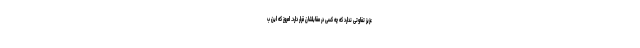
عزیز تفاوتی ندارد که چه کسی در مقابلشان قرار دارد. امروز که این ب